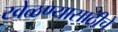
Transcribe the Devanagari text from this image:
खेळण्यासाठीचे